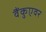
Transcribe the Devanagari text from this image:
वैंकुएवर